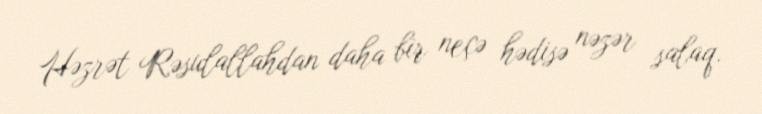
Həzrət Rəsulallahdan daha bir neçə hədisə nəzər salaq.